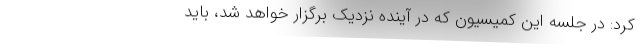
کرد: در جلسه این کمیسیون که در آینده نزدیک برگزار خواهد شد، باید